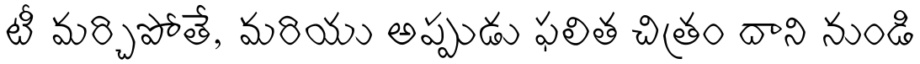
టీ మర్చిపోతే, మరియు అప్పుడు ఫలిత చిత్రం దాని నుండి